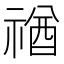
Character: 禉